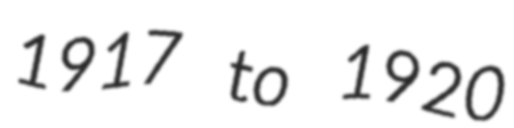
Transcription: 1917 to 1920